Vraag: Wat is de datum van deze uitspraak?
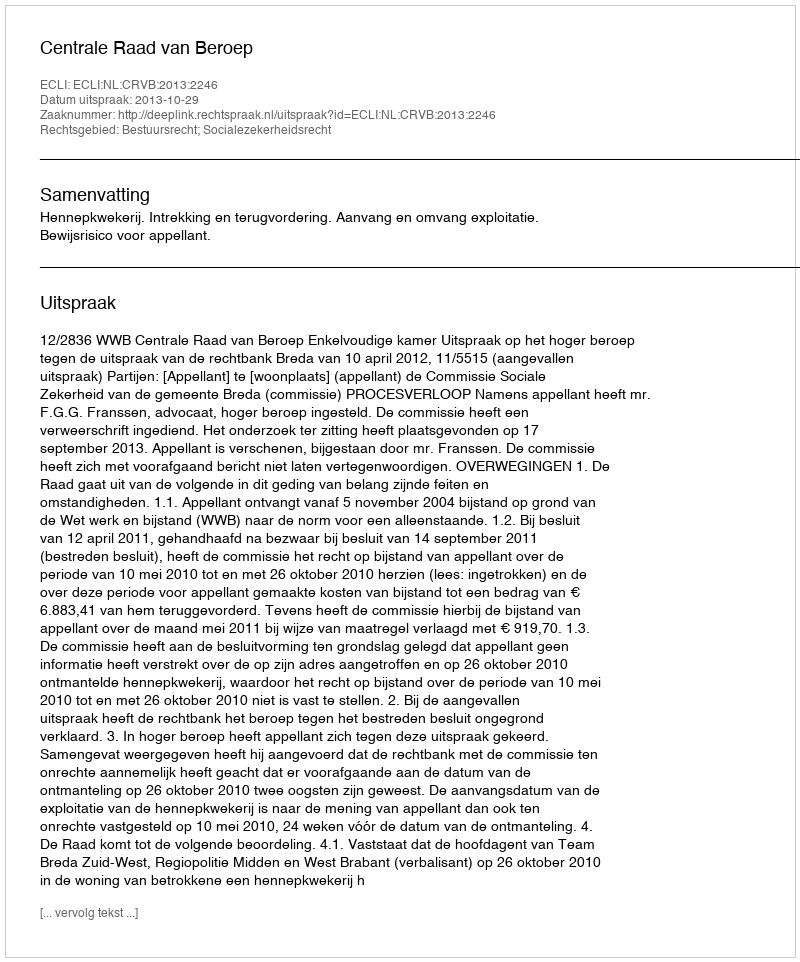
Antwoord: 2013-10-29